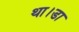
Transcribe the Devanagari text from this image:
था।डा